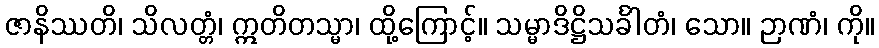
ဇာနိဿတိ၊ သိလတ္တံ၊ ဣတိတသ္မာ၊ ထို့ကြောင့်။ သမ္မာဒိဋ္ဌိသင်္ခါတံ၊ သော။ ဉာဏံ၊ ကို။